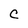
Character: C